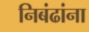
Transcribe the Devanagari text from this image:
निबंढांना